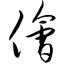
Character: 侩